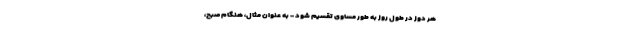
هر دوز در طول روز به طور مساوی تقسیم شود - به عنوان مثال، هنگام صبح،